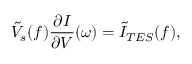
\tilde { V } _ { s } ( f ) \frac { \partial I } { \partial V } ( \omega ) = \tilde { I } _ { T E S } ( f ) ,